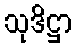
သုဒိဋ္ဌာ